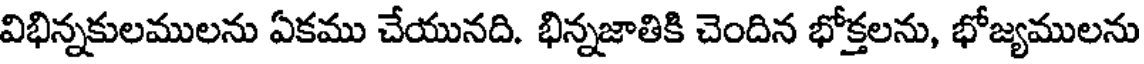
విభిన్నకులములను ఏకము చేయునది. భిన్నజాతికి చెందిన భోక్తలను, భోజ్యములను